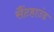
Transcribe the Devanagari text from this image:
सैंटहाउंड